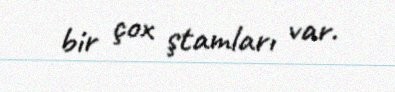
bir çox ştamları var.